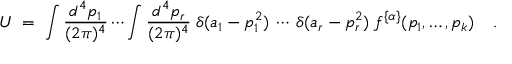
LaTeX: U \; = \; \int \frac { d ^ { 4 } p _ { 1 } } { ( 2 \pi ) ^ { 4 } } \cdots \int \frac { d ^ { 4 } p _ { r } } { ( 2 \pi ) ^ { 4 } } \; \delta ( a _ { 1 } - p _ { 1 } ^ { 2 } ) \: \cdots \: \delta ( a _ { r } - p _ { r } ^ { 2 } ) \; f ^ { \{ \alpha \} } ( p _ { 1 } , \ldots , p _ { k } ) \; \; \; \; .